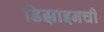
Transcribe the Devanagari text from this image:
डिझाइनची